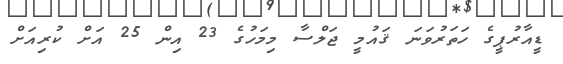
ޑީއާރުޕީގެ ހަތަރުވަނަ ޤައުމީ ޖަލްސާ މިމަހުގެ 23 އިން 25 އަށް ކުރިއަށް